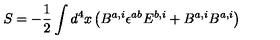
S = - { \frac { 1 } { 2 } } \int d ^ { 4 } x \left( B ^ { a , i } \epsilon ^ { a b } E ^ { b , i } + B ^ { a , i } B ^ { a , i } \right)